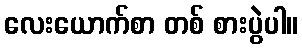
လေးယောက်စာ တစ် စားပွဲပါ။